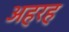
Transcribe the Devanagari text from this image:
अहरह